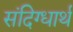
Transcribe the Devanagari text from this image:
संदिग्धार्थ